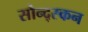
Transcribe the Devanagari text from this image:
सौन्द्स्कन